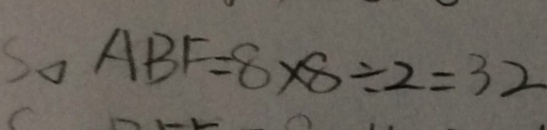
S _ { \Delta } A B F = 8 \times 8 \div 2 = 3 2